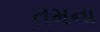
તમના